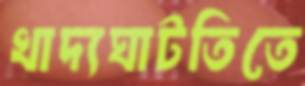
খাদ্যঘাটতিতে